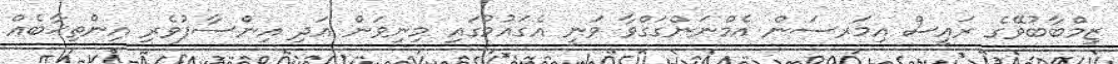
ޒިމްބާބުވޭގެ ރައީސް އިމަރސަން އެމްނަންގަގްވާ ވަނީ އެގައުމުގައި މިނިވަން އަދި އިންސާފުވެރި އިންތިޚާބެއް